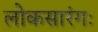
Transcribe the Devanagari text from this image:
लोकसारंगः